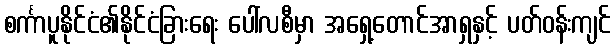
စင်္ကာပူနိုင်ငံ၏နိုင်ငံခြားရေး ပေါ်လစီမှာ အရှေ့တောင်အာရှနှင့် ပတ်ဝန်းကျင်